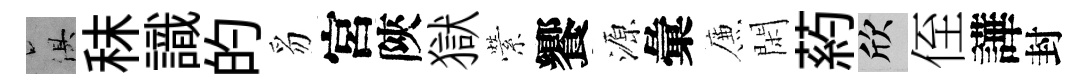
俱秣識的豸宮陝獄縈饗源彙簾閑葯欣侄譁封